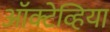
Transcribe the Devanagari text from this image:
ऑक्टेव्हिया